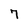
Character: 7